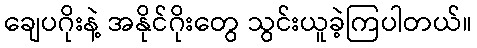
ချေပဂိုးနဲ့ အနိုင်ဂိုးတွေ သွင်းယူခဲ့ကြပါတယ်။